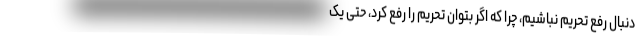
دنبال رفع تحریم نباشیم، چرا که اگر بتوان تحریم را رفع کرد، حتی یک